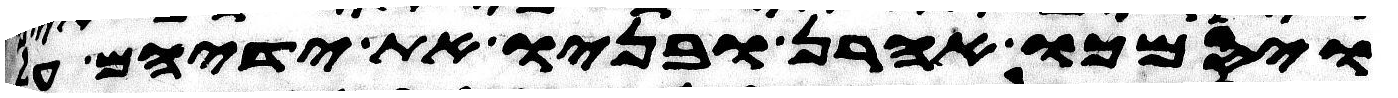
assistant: ויסמכו אהרן ובניו את ידיהם על